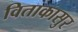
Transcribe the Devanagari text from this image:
विताकासुर